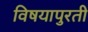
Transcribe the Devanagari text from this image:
विषयापुरती